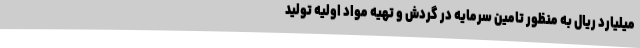
میلیارد ریال به منظور تامین سرمایه در گردش و تهیه مواد اولیه تولید